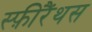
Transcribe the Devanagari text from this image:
स्फ़ीरैंथस